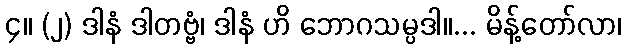
၄။ (၂) ဒါနံ ဒါတဗ္ဗံ၊ ဒါနံ ဟိ ဘောဂသမ္ပဒါ။... မိန့်တော်လာ၊